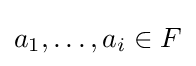
a_{1},\dots ,a_{i}\in F